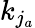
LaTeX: k_{j_{a}}